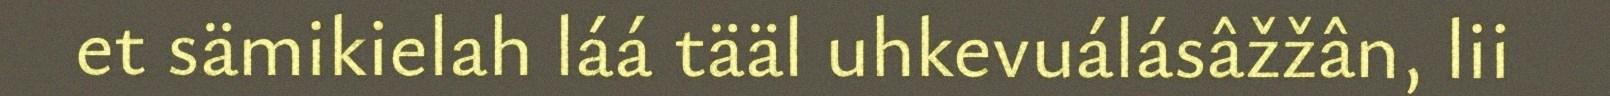
et sämikielah láá tääl uhkevuálásâžžân, lii